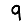
Digit: 9